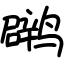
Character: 䴙